Vaccination in Bombay 1889-1901 - 1889-1901
Year: 1889
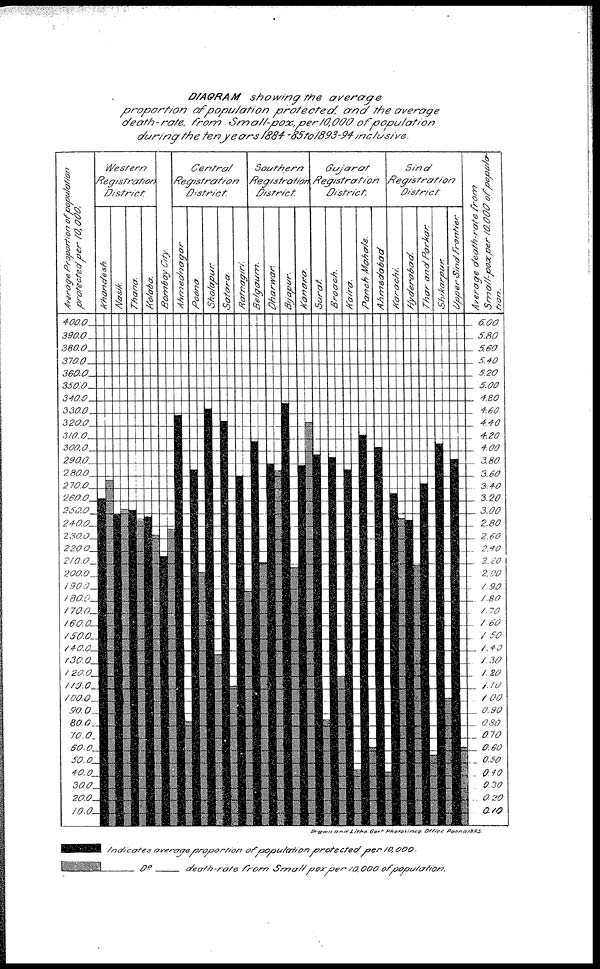
DIAGRAM showing the
average
proportion
of population
protected,
and the average
death-rate,
from
small-pox,
per 10,000 of
population
during the ten years 1884-85 to1893-94
inclusive.